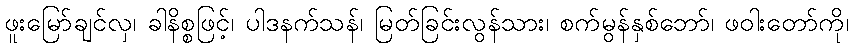
ဖူးမြော်ချင်လှ၊ ခါနိစ္စဖြင့်၊ ပါဒနက်သန်၊ မြတ်ခြင်းလွန်သား၊ စက်မွန်နှစ်ဘော်၊ ဖဝါးတော်ကို၊